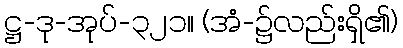
ဋ္ဌ-ဒု-အုပ်-၃၂၁။ (အံ-၌လည်းရှိ၏)